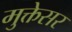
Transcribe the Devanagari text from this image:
मुक्तेसर